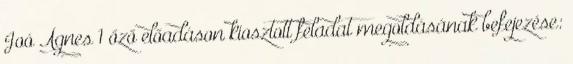
Joó Ágnes 1 őző előadáson kiosztott feladat megoldásának befejezése: